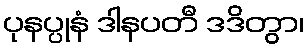
ပုနပ္ပုနံ ဒါနပတီ ဒဒိတွာ၊